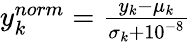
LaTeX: \begin{array}{r}{y_{k}^{norm}=\frac{y_{k}-\mu_{k}}{\sigma_{k}+10^{-8}}}\end{array}